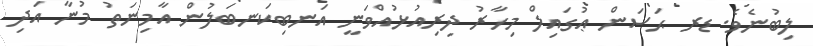
ލިބުނެވެ. ޑރ ޙަސަން ޢުގައިލް މިހާރު ދިރިއުޅުއްވަނީ އަނބިކަނބަލުން އާމިނަތު މުނާ އަދި